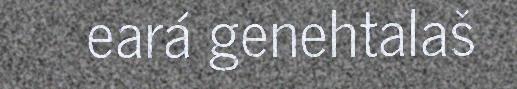
eará genehtalaš